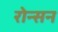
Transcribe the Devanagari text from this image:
रोन्सन